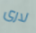
لارى